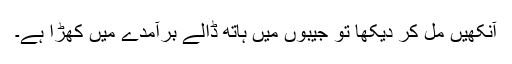
آنکھیں مل کر دیکھا تو جیبوں میں ہاتھ ڈالے برآمدے میں کھڑا ہے۔